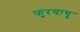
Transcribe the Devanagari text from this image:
फुरचाचु